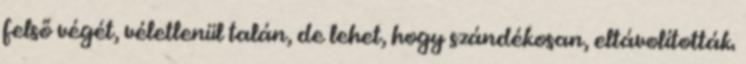
felső végét, véletlenül talán, de lehet, hogy szándékosan, eltávolították.